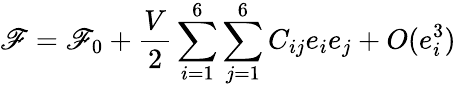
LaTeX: \mathscr{F}=\mathscr{F}_{0}+\frac{{V}}{{2}}\sum_{i=1}^{6}\sum_{j=1}^{6}C_{ij}e_{i}e_{j}+O(e_{i}^{3})